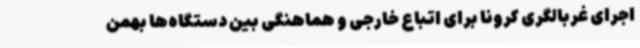
اجرای غربالگری کرونا برای اتباع خارجی و هماهنگی بین دستگاه‌ها بهمن